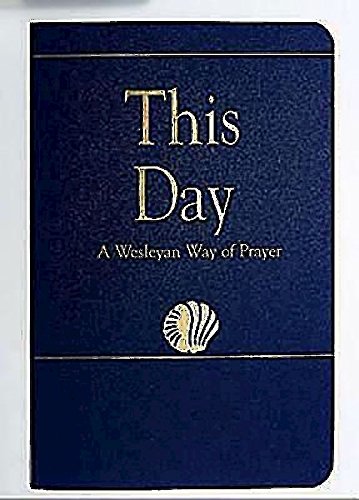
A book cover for This Day (Regular Edition): A Wesleyan Way of Prayer (How Is It With Your Soul?); Laurence Hull Stookey; Religion & Spirituality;